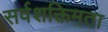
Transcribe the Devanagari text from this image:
सर्वशक्तिमता